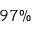
9 7 \%